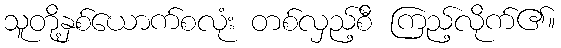
သူတို့နှစ်ယောက်စလုံး တစ်လှည့်စီ ကြည့်လိုက်၏။